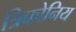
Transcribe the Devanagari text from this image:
त्रिकोनिय